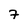
Character: 7